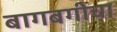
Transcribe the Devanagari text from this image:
बागबगीचा